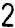
2